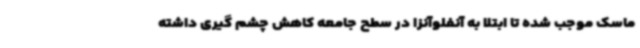
ماسک موجب شده تا ابتلا به آنفلوآنزا در سطح جامعه کاهش چشم گیری داشته